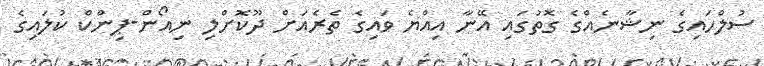
ސުލްހައިގެ ނިޝާނެއްގެ ގޮތުގައި އޭނާ އިއްޔެ ވައިގެ ތެރެއަށް ދޫކޮށްލި ނިއޯން-ޕިންކް ކުލައިގެ